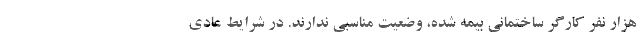
هزار نفر کارگر ساختمانی بیمه شده، وضعیت مناسبی ندارند. در شرایط عادی